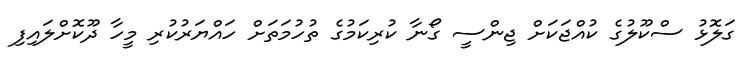
ގަލޮޅު ސްކޫލުގެ ކުއްޖަކަށް ޖިންސީ ގޯނާ ކުރިކަމުގެ ތުހުމަތަށް ހައްޔަރުކުރި މީހާ ދޫކޮށްލައިފި